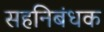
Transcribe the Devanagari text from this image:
सहनिबंधक